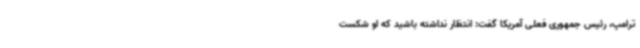
ترامپ، رئیس جمهوری فعلی آمریکا گفت: انتظار نداشته باشید که او شکست